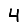
Digit: 4